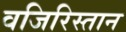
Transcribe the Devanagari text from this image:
वजिरिस्तान